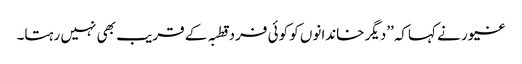
غیور نے کہاکہ’’دیگر خاندانوں کو کوئی فرد قطبہ کے قریب بھی نہیں رہتا۔